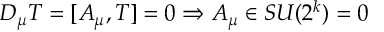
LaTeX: D _ { \mu } T = [ A _ { \mu } , T ] = 0 \Rightarrow A _ { \mu } \in S U ( 2 ^ { k } ) = 0